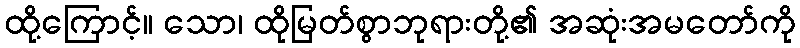
ထို့ကြောင့်။ သော၊ ထိုမြတ်စွာဘုရားတို့၏ အဆုံးအမတော်ကို